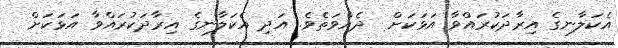
އެކަލާނގެ އިރާދަކުރައްވާ އަޅަކަށް  ދެއްވަތެވެ. އަދި އެކަލާނގެ އިރާދަކުރައްވާ އަޅަކަށް